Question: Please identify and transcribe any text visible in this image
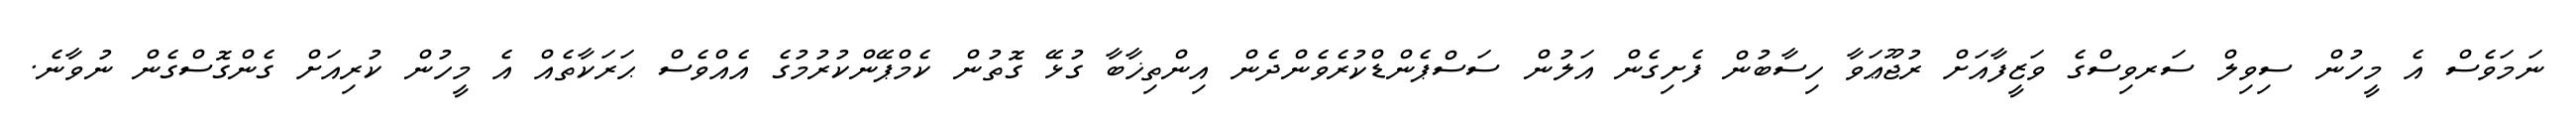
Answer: ނަމަވެސް އެ މީހުން ސިވިލް ސަރވިސްގެ ވަޒީފާއަށް ރުޖޫޢަވާ ހިސާބުން ފެށިގެން އަލުން ސަސްޕެންޑްކުރެވެންދެން އިންތިޚާބާ ގުޅޭ ގޮތުން ކެމްޕޭންކުރުމުގެ އެއްވެސް ޙަރަކާތެއް އެ މީހުން ކުރިއަށް ގެންގޮސްގެން ނުވާނެ.